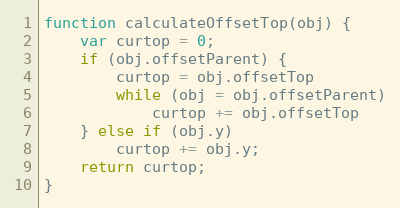
Language: JavaScript
function calculateOffsetTop(obj) {
	var curtop = 0;
	if (obj.offsetParent) {
		curtop = obj.offsetTop
		while (obj = obj.offsetParent)
			curtop += obj.offsetTop
	} else if (obj.y)
		curtop += obj.y;
	return curtop;
}